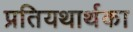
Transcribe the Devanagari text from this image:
प्रतियथार्थका